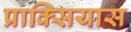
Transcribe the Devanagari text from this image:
प्राक्सियास